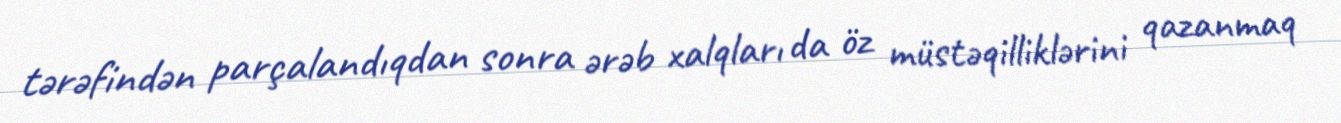
tərəfindən parçalandıqdan sonra ərəb xalqları da öz müstəqilliklərini qazanmaq